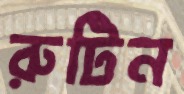
রুটিন